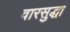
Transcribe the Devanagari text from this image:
वारसुद्धा